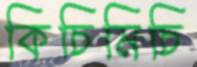
কিচিমিচি